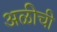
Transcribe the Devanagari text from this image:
अळीची